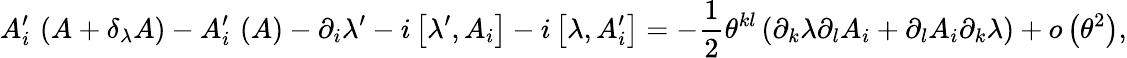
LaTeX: A_{i}^{\prime}\, \left(A+\delta_{\lambda}A\right)-A_{i}^{\prime}\, \left(A\right)-\partial_{i}\lambda^{\prime}-i\left[\lambda^{\prime},A_{i}\right]-i\left[\lambda,A_{i}^{\prime}\right]=-\frac{1}{2}\theta^{kl}\left(\partial_{k}\lambda\partial_{l}A_{i}+\partial_{l}A_{i}\partial_{k}\lambda\right)+o\left(\theta^{2}\right),